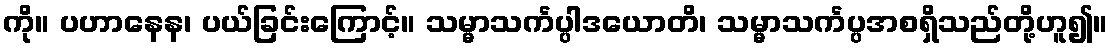
ကို။ ပဟာနေန၊ ပယ်ခြင်းကြောင့်။ သမ္မာသင်္ကပ္ပါဒယောတိ၊ သမ္မာသင်္ကပ္ပအစရှိသည်တို့ဟူ၍။